Civil Veterinary Dept. North-West Frontier Province 1901-22 - 1901-1922
Year: 1901
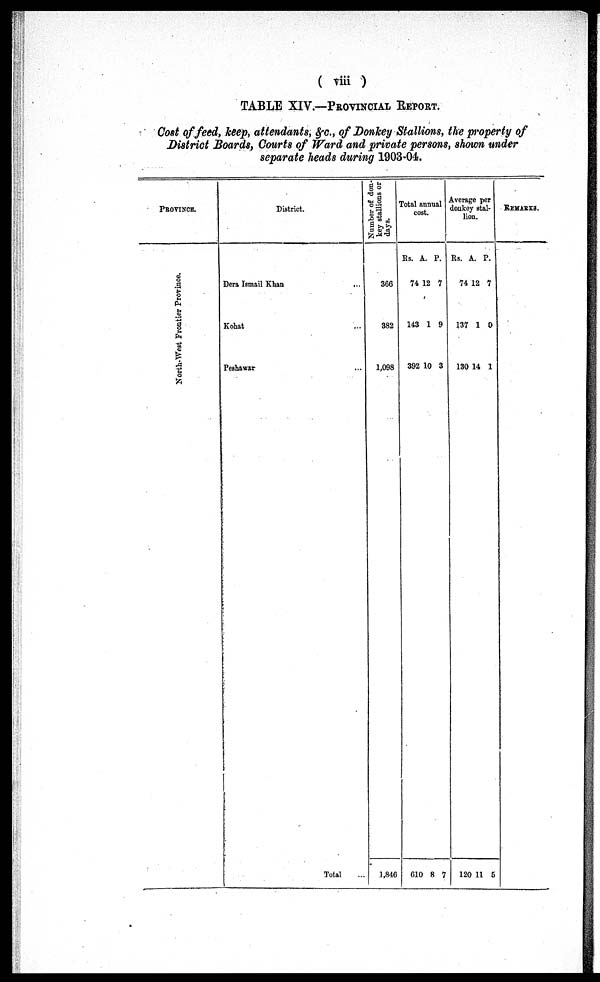
(viii)
TABLE XIV.—PROVINCIAL REPORT.
Cost of feed, keep, attendants, &c., of Donkey Stallions, the property of
District Boards, Courts of Ward and private persons, shown under
separate heads during 1903-04.
PROVINCE.
North-West Fr ont i
er Province.
District.
Dera Ismail Khan
...
Kohat ...
Peshawar ...
Total ...
Number of don-
key stallions or
days.
366
382
1,098
1,846
Total
c
annu
ost.
al
Rs.
74
143
392
610
A.
12
1
10
8
P.
7
9
3
7
Averag
donke
lio
e p
y sta
n.
er
l-
Rs.
74
137
130
120
A.
12
1
14
11
P.
7
0
1
5
REMARKS.